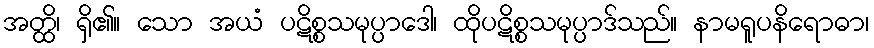
အတ္ထိ၊ ရှိ၏။ သော အယံ ပဋိစ္စသမုပ္ပာဒေါ၊ ထိုပဋိစ္စသမုပ္ပာဒ်သည်။ နာမရူပနိရောဓာ၊